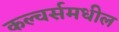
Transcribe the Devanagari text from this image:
कल्चर्समधील